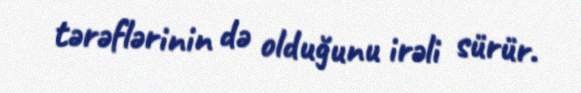
tərəflərinin də olduğunu irəli sürür.